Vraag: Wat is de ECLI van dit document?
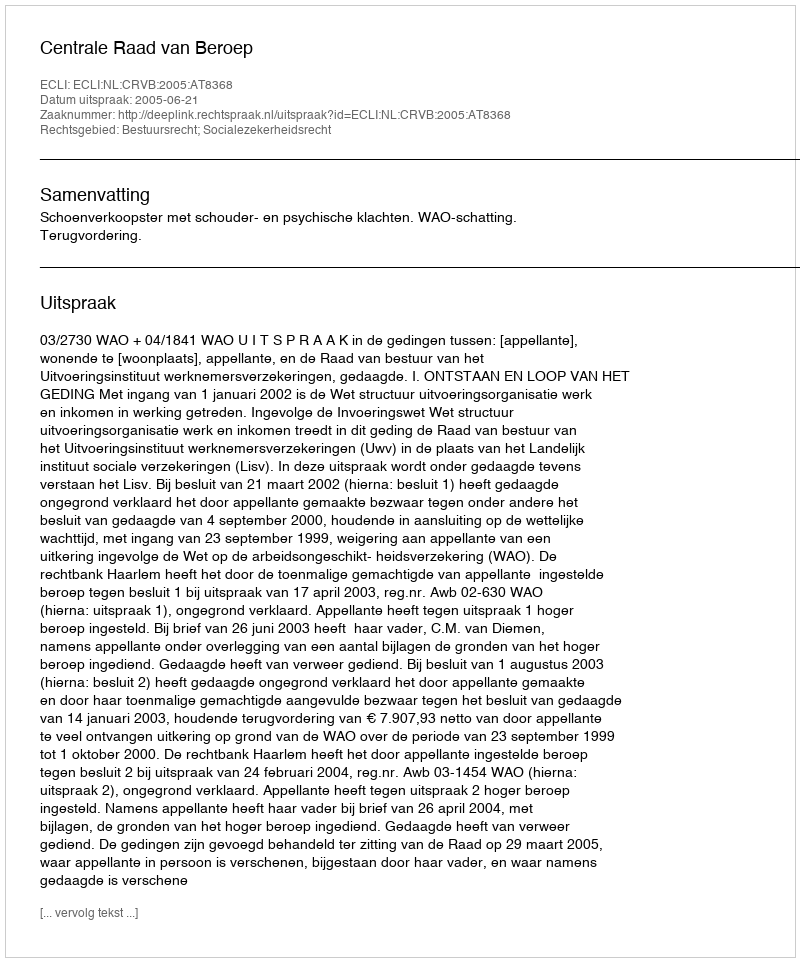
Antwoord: ECLI:NL:CRVB:2005:AT8368